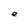
Character: e